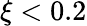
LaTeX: \xi<0.2